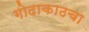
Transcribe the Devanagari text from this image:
गोदाकाठचा